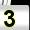
Digit: 3